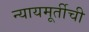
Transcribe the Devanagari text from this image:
न्यायमूर्तीची